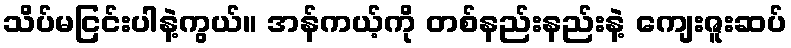
သိပ်မငြင်းပါနဲ့ကွယ်။ အန်ကယ့်ကို တစ်နည်းနည်းနဲ့ ကျေးဇူးဆပ်